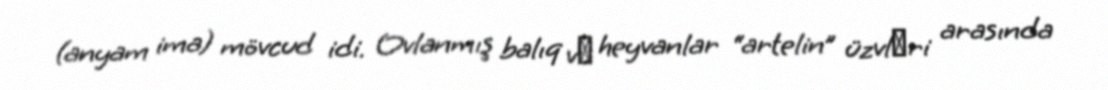
(anyam ima) mövcud idi. Ovlanmış balıq vә heyvanlar “artelin” üzvlәri arasında